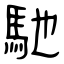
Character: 馳